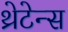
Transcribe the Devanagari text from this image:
थ्रेटेन्स